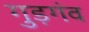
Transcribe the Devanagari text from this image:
गुड़गंव